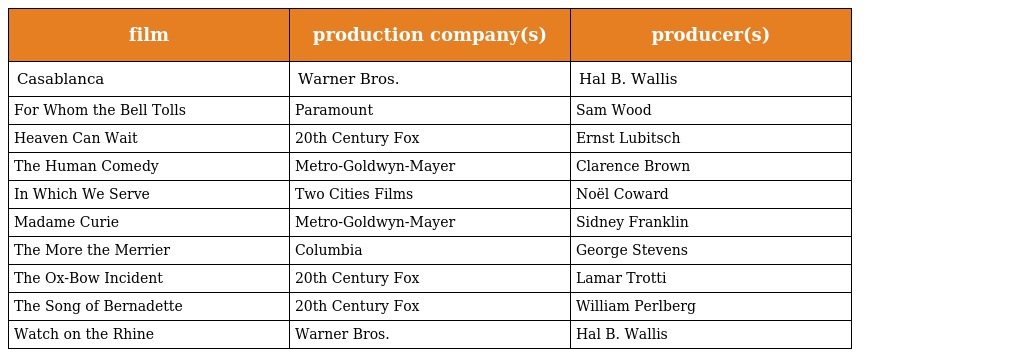
| film | production company(s) | producer(s) |
 | --- | --- | --- |
 | Casablanca | Warner Bros. | Hal B. Wallis |
 | For Whom the Bell Tolls | Paramount | Sam Wood |
 | Heaven Can Wait | 20th Century Fox | Ernst Lubitsch |
 | The Human Comedy | Metro-Goldwyn-Mayer | Clarence Brown |
 | In Which We Serve | Two Cities Films | Noël Coward |
 | Madame Curie | Metro-Goldwyn-Mayer | Sidney Franklin |
 | The More the Merrier | Columbia | George Stevens |
 | The Ox-Bow Incident | 20th Century Fox | Lamar Trotti |
 | The Song of Bernadette | 20th Century Fox | William Perlberg |
 | Watch on the Rhine | Warner Bros. | Hal B. Wallis |